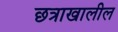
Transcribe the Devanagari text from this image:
छत्राखालील